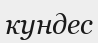
кундес